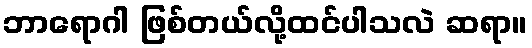
ဘာရောဂါ ဖြစ်တယ်လို့ထင်ပါသလဲ ဆရာ။